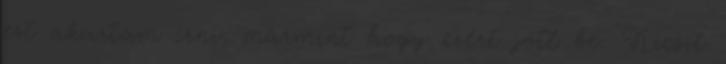
ezt akartam írni, mármint hogy ezért jött be. Kicsit